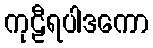
ကုဠီရပါဒကော